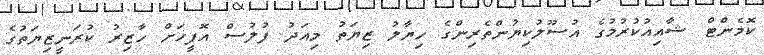
ކޮމެންޓް ޝާއިއުކުރުމުގެ އުސޫލުކިޔުންތެރިންގެ ހިޔާލު ޒިޔަތު މިއަދު ފުލުސް އޮފީހަށް ހާޒިރު ކުރަނީޒިޔަތުގެ